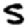
Digit: 5